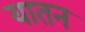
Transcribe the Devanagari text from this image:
यातन